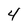
Character: 4